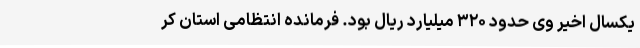
یکسال اخیر وی حدود ۳۲۰ میلیارد ریال بود. فرمانده انتظامی استان کر